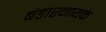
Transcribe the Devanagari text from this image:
बंडारनायके